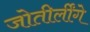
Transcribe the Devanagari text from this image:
जोतीर्लींगे